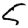
Digit: 5